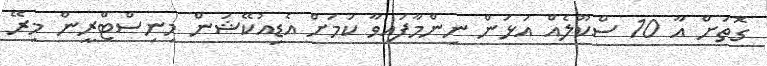
ގޮތަށް އާ 10 ސްކޫލެއް އަޅަން ނިންމާފައިވާ ކަމަށް އެޑިއުކޭޝަން މިނިސްޓްރީން މިރޭ